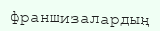
франшизалардың